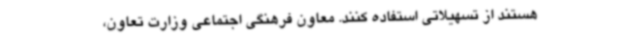
هستند از تسهیلاتی استفاده کنند. معاون فرهنگی اجتماعی وزارت تعاون،